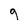
Character: 9